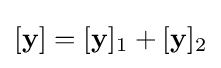
[\mathbf {y} ]=[\mathbf {y} ]_{1}+[\mathbf {y} ]_{2}